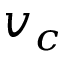
v _ { c }